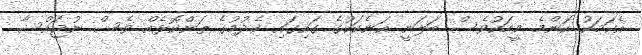
އެކަމަކު ކޮންމެ މީހަކުވެސް ބަލަނީ އަނެކަކުގެ ގައިގައި ހެދުމުގެ ތަންކޮޅެއް ވެސް ނުޖައްސާ